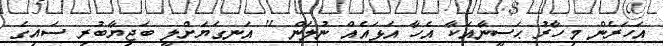
އަހަރެން މިހާރު ޙަސީނާއަކާ އެހާ އަޅައެއް ނުލަން '' އަނގަޔަށްލީ ބަޖިޔާބުރި ސައިގެ